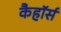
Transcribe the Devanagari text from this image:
कैहॉर्स